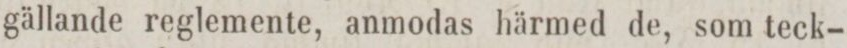
gällande reglemente, anmodas härmed de, som teck-